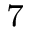
_ 7